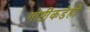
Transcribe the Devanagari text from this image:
गोष्टींकडेही